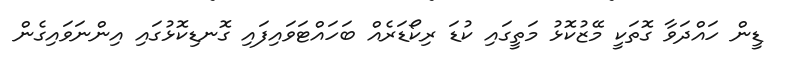
ޑީން ހައްދަވާ ގޮތަކީ މޭޒުކޮޅު މަތީގައި ކުޑަ ރިކޯޑަރެއް ބަހައްޓަވައިފައި ގޮނޑިކޮޅުގައި އިންނަވައިގެން